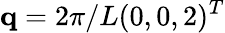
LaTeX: \mathbf{q}=2\pi/L(0,0,2)^{T}